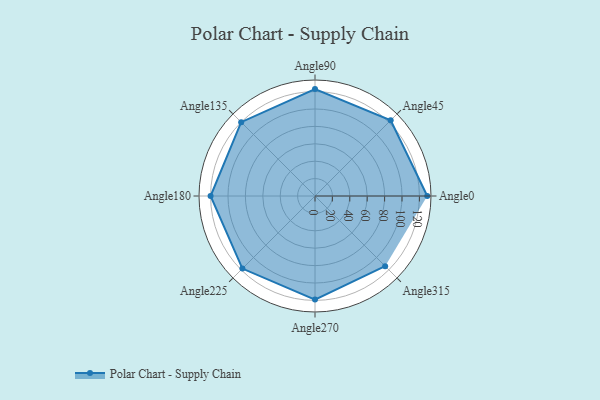
{"axis": {"x": "Angle", "y": "Radius"}, "legend": [""], "data": [{"x": "Angle0", "y": 129.0, "type": ""}, {"x": "Angle45", "y": 123.0, "type": ""}, {"x": "Angle90", "y": 123.0, "type": ""}, {"x": "Angle135", "y": 120.0, "type": ""}, {"x": "Angle180", "y": 120.0, "type": ""}, {"x": "Angle225", "y": 118.0, "type": ""}, {"x": "Angle270", "y": 119.0, "type": ""}, {"x": "Angle315", "y": 114.0, "type": ""}]}